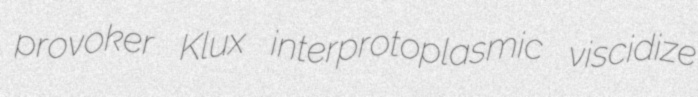
provoker Klux interprotoplasmic viscidize